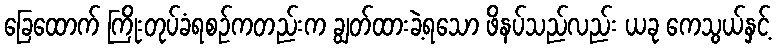
ခြေထောက် ကြိုးတုပ်ခံရစဉ်ကတည်းက ချွတ်ထားခဲ့ရသော ဖိနပ်သည်လည်း ယခု ကေသွယ်နှင့်